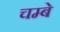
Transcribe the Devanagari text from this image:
चम्बे